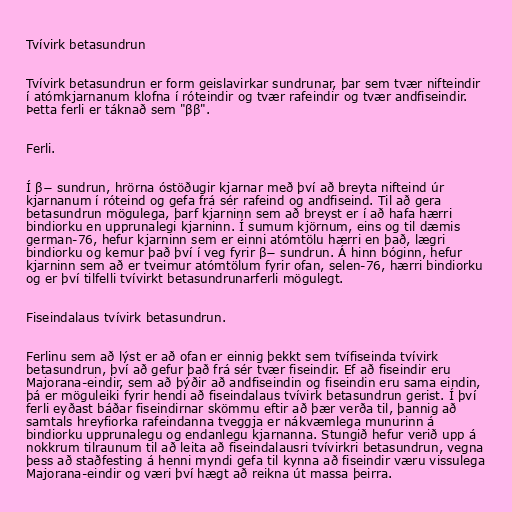
Tvívirk betasundrun

Tvívirk betasundrun er form geislavirkar sundrunar, þar sem tvær nifteindir
í atómkjarnanum klofna í róteindir og tvær rafeindir og tvær andfiseindir.
Þetta ferli er táknað sem "ββ".

Ferli.

Í β− sundrun, hrörna óstöðugir kjarnar með því að breyta nifteind úr
kjarnanum í róteind og gefa frá sér rafeind og andfiseind. Til að gera
betasundrun mögulega, þarf kjarninn sem að breyst er í að hafa hærri
bindiorku en upprunalegi kjarninn. Í sumum kjörnum, eins og til dæmis
german-76, hefur kjarninn sem er einni atómtölu hærri en það, lægri
bindiorku og kemur það því í veg fyrir β− sundrun. Á hinn bóginn, hefur
kjarninn sem að er tveimur atómtölum fyrir ofan, selen-76, hærri bindiorku
og er því tilfelli tvívirkt betasundrunarferli mögulegt.

Fiseindalaus tvívirk betasundrun.

Ferlinu sem að lýst er að ofan er einnig þekkt sem tvífiseinda tvívirk
betasundrun, því að gefur það frá sér tvær fiseindir. Ef að fiseindir eru
Majorana-eindir, sem að þýðir að andfiseindin og fiseindin eru sama eindin,
þá er möguleiki fyrir hendi að fiseindalaus tvívirk betasundrun gerist. Í því
ferli eyðast báðar fiseindirnar skömmu eftir að þær verða til, þannig að
samtals hreyfiorka rafeindanna tveggja er nákvæmlega munurinn á
bindiorku upprunalegu og endanlegu kjarnanna. Stungið hefur verið upp á
nokkrum tilraunum til að leita að fiseindalausri tvívirkri betasundrun, vegna
þess að staðfesting á henni myndi gefa til kynna að fiseindir væru vissulega
Majorana-eindir og væri því hægt að reikna út massa þeirra.